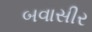
બવાસીર